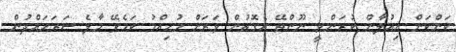
ކަންކަން އިއުލާން ކުރަންވީ ނޫންތޭ އެގޮތުން ވަރަށް މުހިއްމު ކަމެކޭ މާލެ ސަރަަހައްދުން